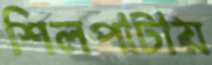
শিলপাটায়